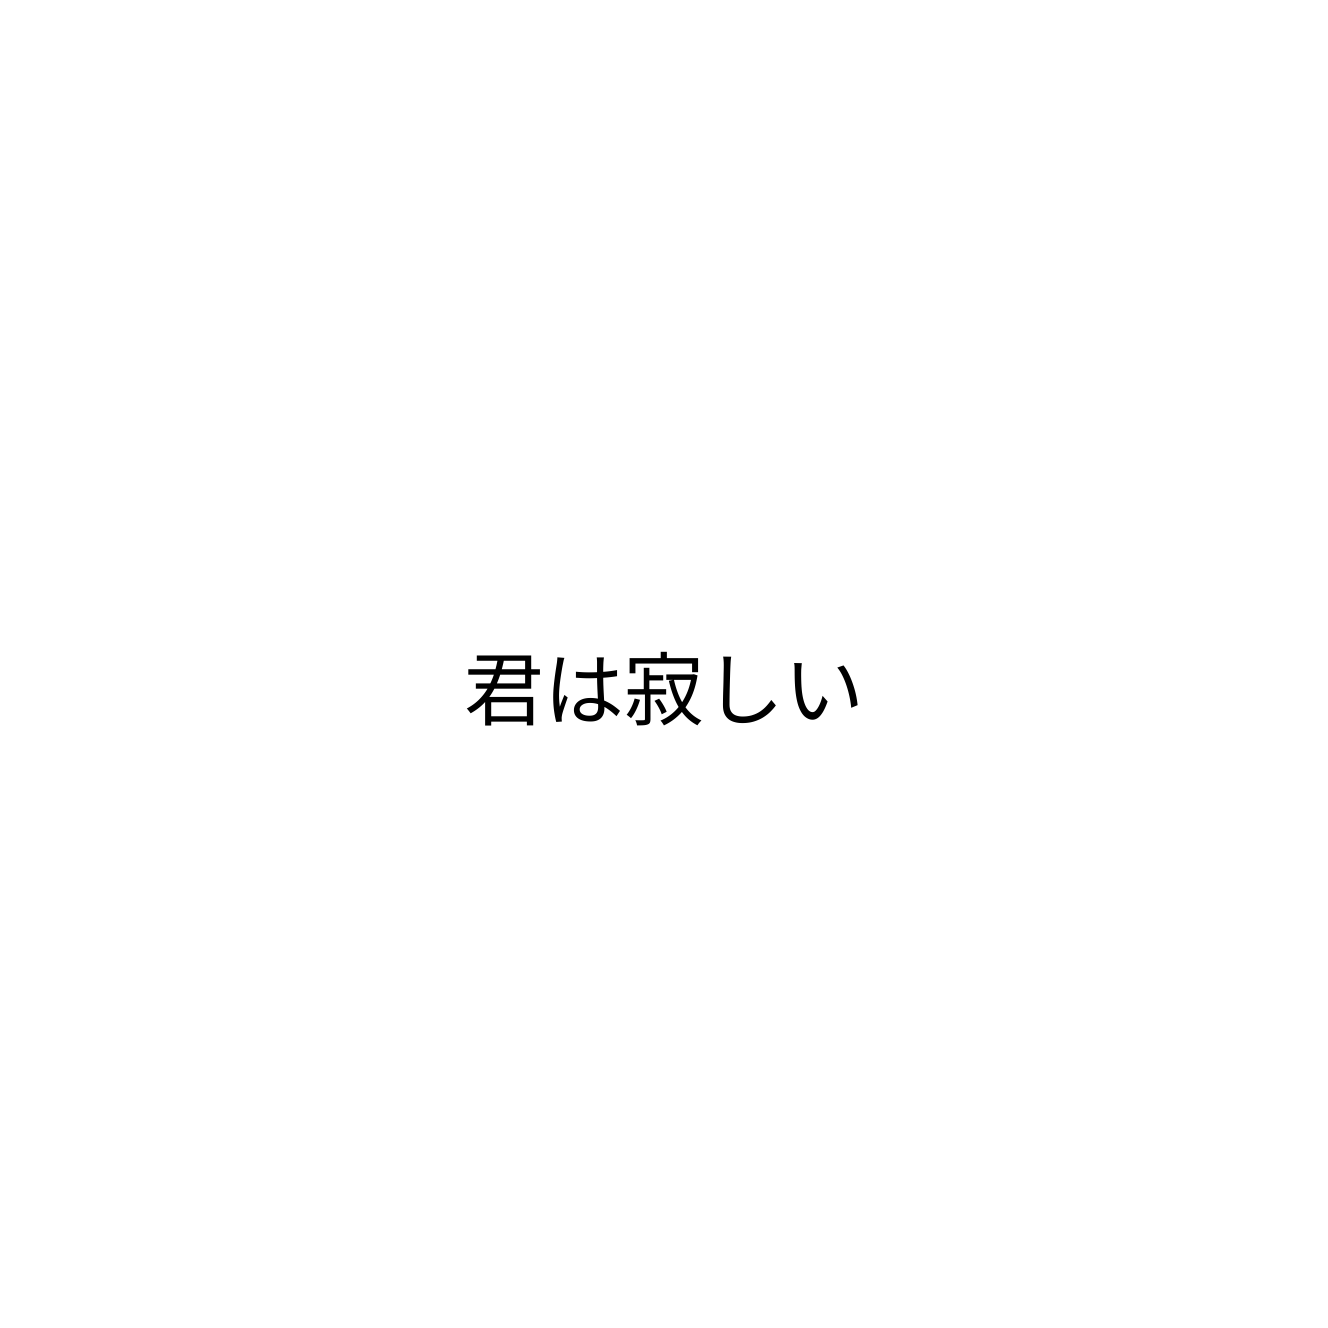
君は寂しい